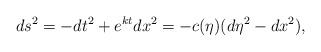
LaTeX: \begin{align*}ds^{2}=-dt^{2}+e^{kt} dx^{2}=-c(\eta)(d\eta^{2}-dx^{2}),\end{align*}